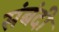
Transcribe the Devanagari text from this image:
संबंदी